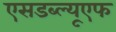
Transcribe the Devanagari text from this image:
एसडब्ल्यूएफ